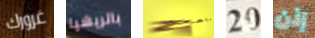
غرورك باتريشيا نتراجع 20 إذن